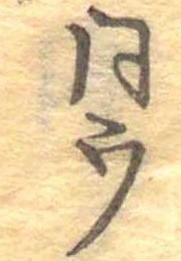
同ウ